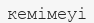
кемімеуі